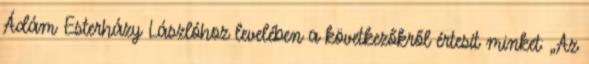
Ádám Esterházy Lászlóhoz levelében a következőkről értesít minket: „Az